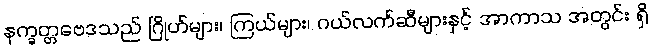
နက္ခတ္တဗေဒသည် ဂြိုဟ်များ၊ ကြယ်များ၊ ဂယ်လက်ဆီများနှင့် အာကာသ အတွင်း ရှိ